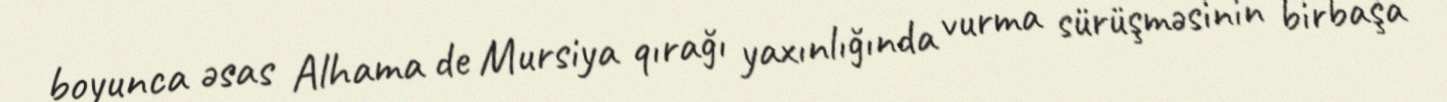
boyunca əsas Alhama de Mursiya qırağı yaxınlığında vurma sürüşməsinin birbaşa